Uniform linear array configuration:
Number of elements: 4
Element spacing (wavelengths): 1
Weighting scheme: hann
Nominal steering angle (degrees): -30
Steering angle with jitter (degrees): -30.909
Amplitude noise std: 0.05
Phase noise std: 0.05

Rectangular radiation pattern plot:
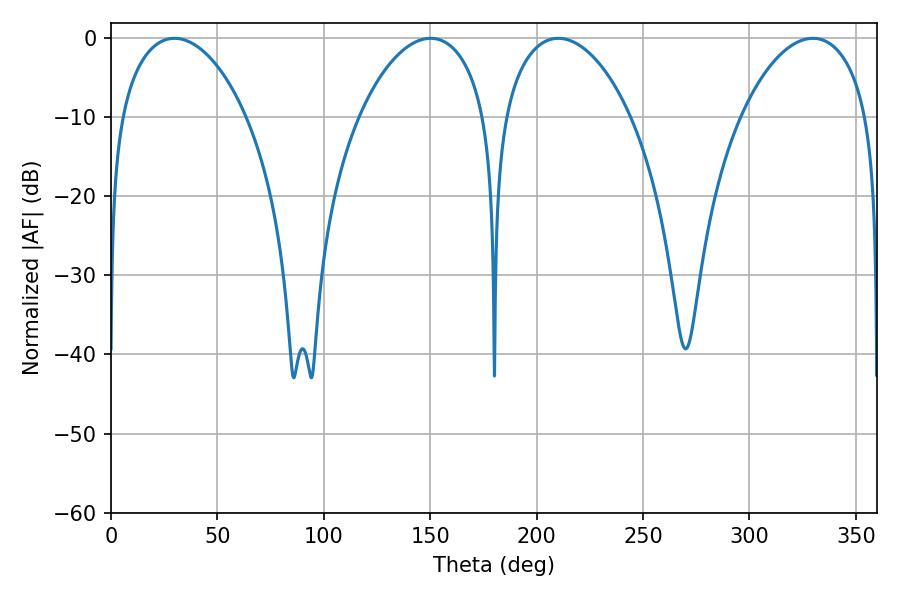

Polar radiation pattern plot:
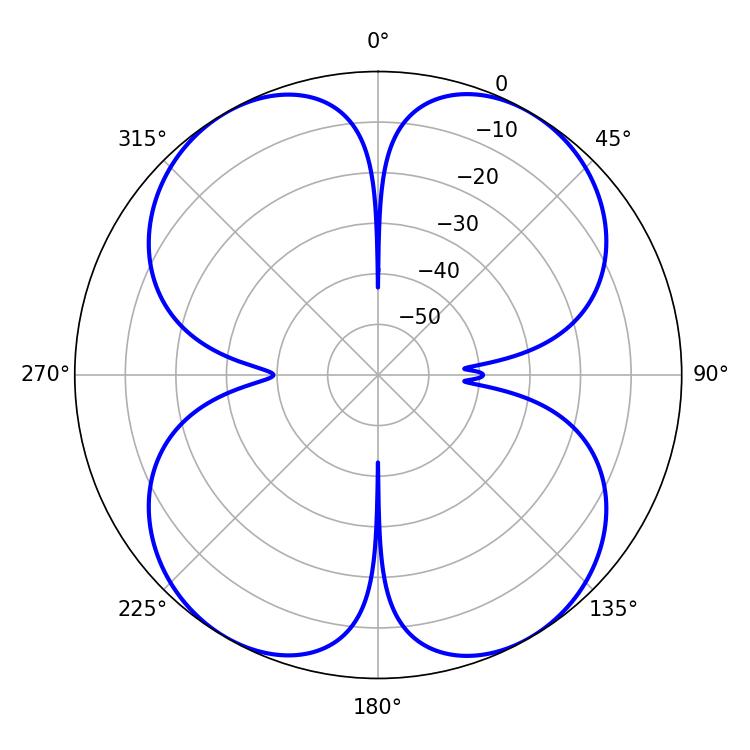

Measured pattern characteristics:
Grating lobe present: TRUE
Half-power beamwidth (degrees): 33.84
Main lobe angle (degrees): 29.88